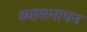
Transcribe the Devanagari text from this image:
व्यासमापन